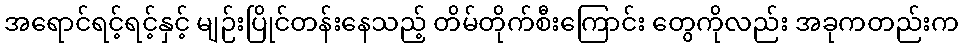
အရောင်ရင့်ရင့်နှင့် မျဉ်းပြိုင်တန်းနေသည့် တိမ်တိုက်စီးကြောင်း တွေကိုလည်း အခုကတည်းက